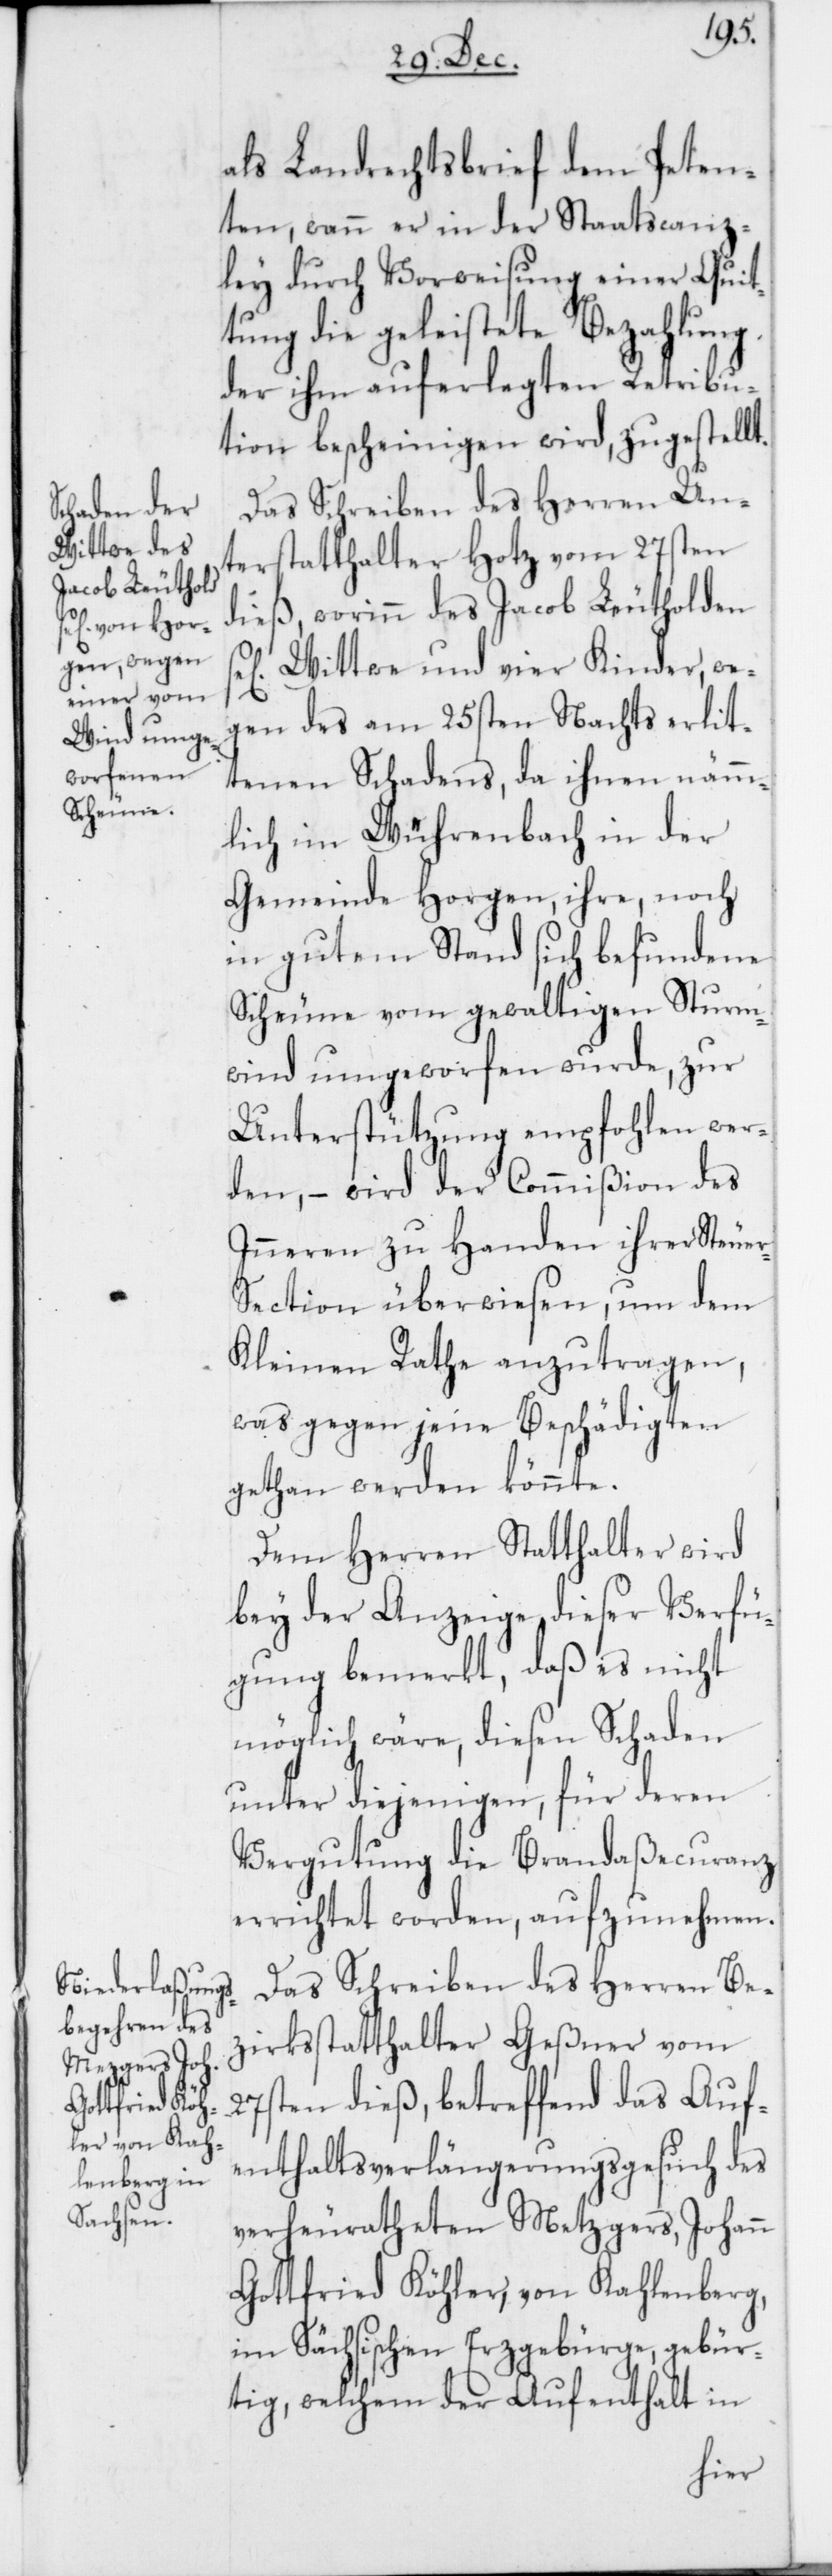
als Landrechtsbrief dem Peten¬
ten, wenn er in der Staatscanz¬
ley durch Vorweisung einer Quit¬
tung die geleistete Bezahlung
der ihm auferlegten Retribu¬
tion bescheinigen wird, zugestellt.
Das Schreiben des Herren Un¬
terstatthalter Hotz vom 27sten
dieß, worinn des Jacob Leutholden
Wittwe und vier Kinder, we¬
gen des am 25sten Nachts erlit¬
tenen Schadens, da ihnen nämm¬
lich im Wührenbach in der
Gemeinde Horgen, ihre noch
in gutem Stand sich befundene
Scheune vom gewaltigen Sturm¬
wind umgeworfen wurde, zur
Unterstützung empfohlen wer¬
den, – wird der Commißion des
Inneren zu Handen ihrer Steue¬
r-Section überwiesen, um dem
Kleinen Rathe anzutragen,
was gegen jene Beschädigten
gethan werden könnte.
Dem Herren Statthalter wird
bey der Anzeige dieser Verfü¬
gung bemerkt, daß es nicht
möglich wäre, diesen Schaden
unter diejenigen, für deren
Vergutung die Brandaßecuranz
errichtet worden, aufzunehmen.
Das Schreiben des Herren Be¬
zirksstatthalter Geßner vom
27sten dieß, betreffend das Auf¬
enthaltsverlängerungsgesuch des
verheiratheten Metzgers, Johann
Gottfried Köhler, von Kahlenberg,
im Sächsischen Erzgebirge, gebür¬
tig, welchem der Aufenthalt in